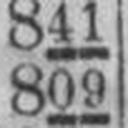
809